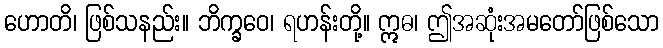
ဟောတိ၊ ဖြစ်သနည်း။ ဘိက္ခဝေ၊ ရဟန်းတို့။ ဣဓ၊ ဤအဆုံးအမတော်ဖြစ်သော